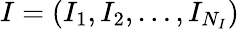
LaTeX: I=(I_{1},I_{2},\ldots,I_{N_{I}})